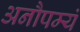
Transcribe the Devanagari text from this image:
अनौपम्यं